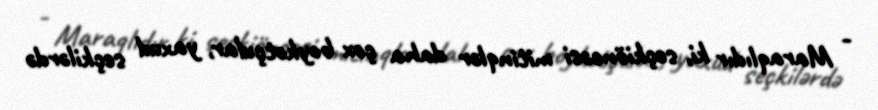
- Maraqlıdır ki, seçkiöncəsi mitinqlər daha çox boykotçular, yaxud seçkilərdə